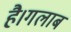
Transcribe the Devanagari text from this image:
है।गलाब